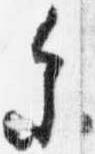
参